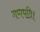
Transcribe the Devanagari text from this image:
गणपति।